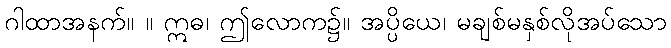
ဂါထာအနက်။ ။ ဣဓ၊ ဤလောက၌။ အပ္ပိယေ၊ မချစ်မနှစ်လိုအပ်သော